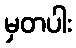
မှတပါး